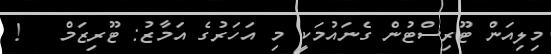
މިލިއަން ޓޫރިސްޓުން ގެނައުމަކީ މި އަހަރުގެ އަމާޒު: ޓޫރިޒަމް   !